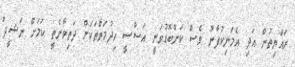
ރައްޔިތުން އަދި އެމަނިކުފާނު ވެސް ކަންބޮޑުވަނީ އަސާސީ ހިދުމަތްތަކަށް ދަތިވާނެތީ ކަމަށް ނަޝީދު